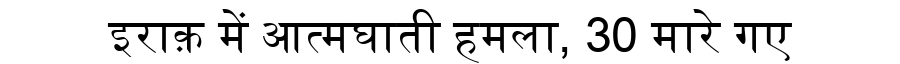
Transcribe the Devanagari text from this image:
इराक़ में आत्मघाती हमला, 30 मारे गए